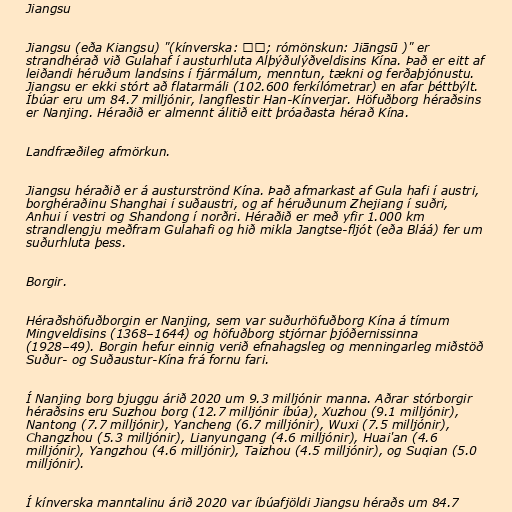
Jiangsu

Jiangsu (eða Kiangsu) "(kínverska: 江苏; rómönskun: Jiāngsū )" er
strandhérað við Gulahaf í austurhluta Alþýðulýðveldisins Kína. Það er eitt af
leiðandi héruðum landsins í fjármálum, menntun, tækni og ferðaþjónustu.
Jiangsu er ekki stórt að flatarmáli (102.600 ferkílómetrar) en afar þéttbýlt.
Íbúar eru um 84.7 milljónir, langflestir Han-Kínverjar. Höfuðborg héraðsins
er Nanjing. Héraðið er almennt álitið eitt þróaðasta hérað Kína.

Landfræðileg afmörkun.

Jiangsu héraðið er á austurströnd Kína. Það afmarkast af Gula hafi í austri,
borghéraðinu Shanghai í suðaustri, og af héruðunum Zhejiang í suðri,
Anhui í vestri og Shandong í norðri. Héraðið er með yfir 1.000 km
strandlengju meðfram Gulahafi og hið mikla Jangtse-fljót (eða Bláá) fer um
suðurhluta þess.

Borgir.

Héraðshöfuðborgin er Nanjing, sem var suðurhöfuðborg Kína á tímum
Mingveldisins (1368–1644) og höfuðborg stjórnar þjóðernissinna
(1928–49). Borgin hefur einnig verið efnahagsleg og menningarleg miðstöð
Suður- og Suðaustur-Kína frá fornu fari.

Í Nanjing borg bjuggu árið 2020 um 9.3 milljónir manna. Aðrar stórborgir
héraðsins eru Suzhou borg (12.7 milljónir íbúa), Xuzhou (9.1 milljónir),
Nantong (7.7 milljónir), Yancheng (6.7 milljónir), Wuxi (7.5 milljónir),
Changzhou (5.3 milljónir), Lianyungang (4.6 milljónir), Huai'an (4.6
milljónir), Yangzhou (4.6 milljónir), Taizhou (4.5 milljónir), og Suqian (5.0
milljónir).

Í kínverska manntalinu árið 2020 var íbúafjöldi Jiangsu héraðs um 84.7